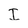
Character: I